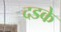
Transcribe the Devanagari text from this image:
दडके